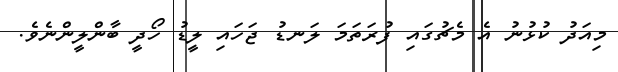
މިއަދު ކުޅުނު އެ މެޗުގައި ފުރަތަމަ ލަނޑު ޖަހައި ލީޑު ހޯދީ ބާންލީންނެވެ.